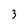
Character: 3